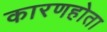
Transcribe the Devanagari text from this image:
कारणहोता